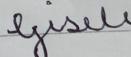
Signature authenticity: forged